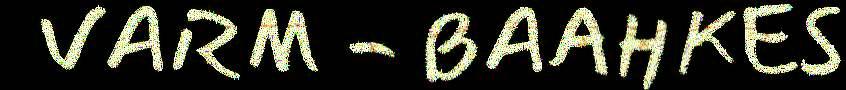
VARM - BAAHKES